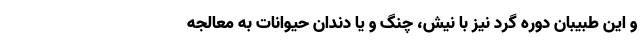
و این طبیبان دوره گرد نیز با نیش، چنگ و یا دندان حیوانات به معالجه